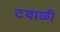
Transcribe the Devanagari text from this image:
टवाळी